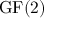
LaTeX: { \mathrm { G F } } ( 2 )